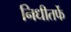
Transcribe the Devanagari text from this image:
निधीतर्फे